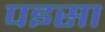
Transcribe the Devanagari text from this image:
पइसा